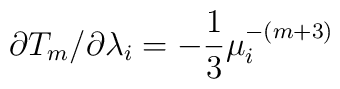
\partial T_{m}/\partial\lambda_{i}=-\frac{1}{3}\mu_{i}^{-(m+3)}